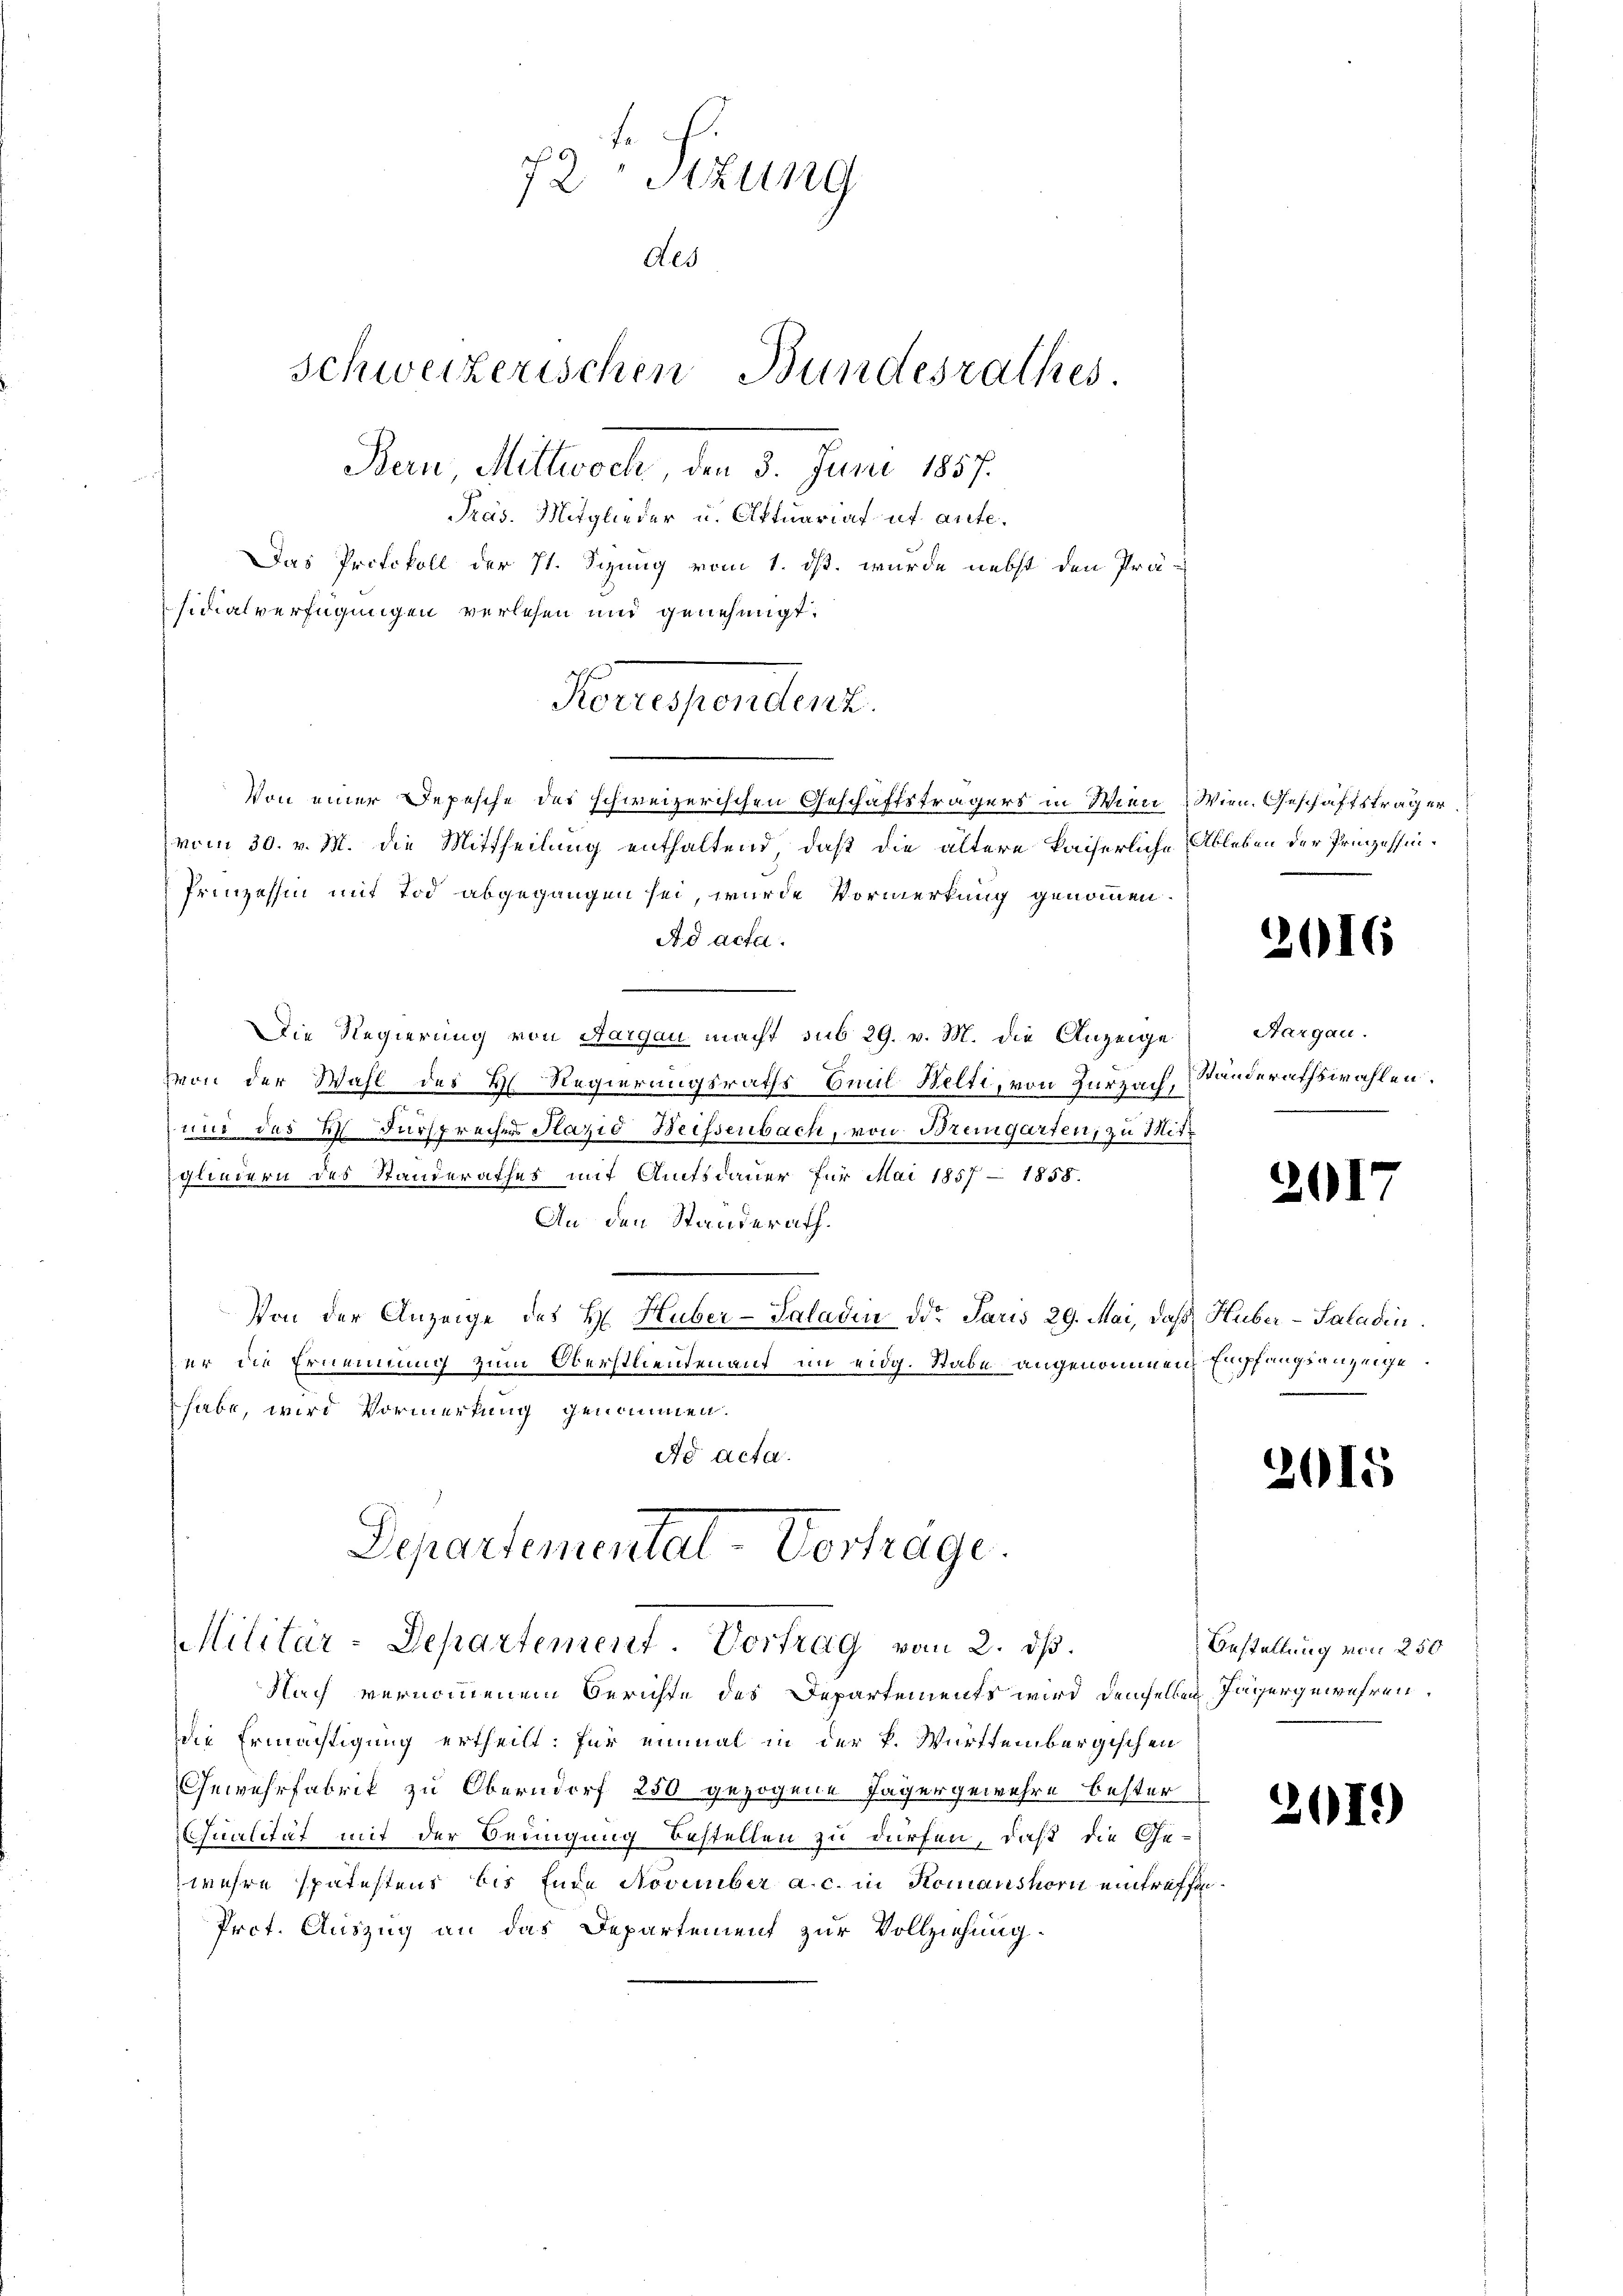
72te Sizung
Als
Schweizerischen Bundesrathes.
Bern, Mittwoch 3. Juni 1857.
Präs. Mitglieder u. Aktuariat et aufe¬
Das Protokoll der 11. Sizung vom 1. ds. wurde nebst den Prä-
sidialverfügungen verlesen und genehmigt.

Von einer Depesche des schweizerischen Geschäftsträgers in Wien Wien. Geschäftsträger.
vom 30. v. M. die Mittheilung enthaltend, daß die ältere kaiserliche Ableben der Prozessin¬
Prinzessin mit Tod abgegangen sei, wurde Vormerkung genommen.
Ad acta.
Die Regierung von Aargau macht sub 29. v. M. die Anzeige
von der Wahl des Hl Regierungsraths Emil Welti, von Zurzach,
und das V. Fürsprechers Plazio Weissenbach, von Bremgarten, zu Mitgliedern des Standerathes mit Amtsdauer für Mai 1857 - 1858.
An den Standerath.
Von der Anzeige des H. Huber-Saladin der Paris 29. Mai, daß Huber-Saladin
er die Ernennung zum Oberstlieuten auf im eidg. Stabe angenommen Empfangsanzeige
s
habe, wird Vormerkung genommen.
Ad acta.
Departemental-Verträge.

Norersendung.

Militär-Departement. Vortrag von 2. dß.

Nach vernommenem Berichte des Departements wird demselben Jägergewehren.
die Ermächtigung ertheilt: für einmal in der P. Württembergischen
Gewehrfabrik zu Oberndorf 250 gezogene Jägergewehre bester
Qualität mit der Bedingung bestellen zu dürfen, daß die Ge-
wehre spätestens bis Ende November a. c. in Komanshorn eintreffen
Prot. Auszug an das Departement zur Vollziehung

2016

Aargau.
Ständerathswahlen.

300

.

2015

Bestellung von 250

201)